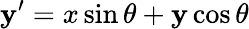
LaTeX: \mathbf{y}^{\prime}=x\sin\theta+\mathbf{y}\cos\theta